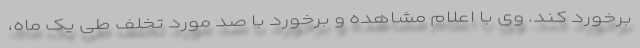
برخورد کند. وی با اعلام مشاهده و برخورد با صد مورد تخلف طی یک ماه،